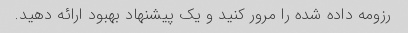
رزومه داده شده را مرور کنید و یک پیشنهاد بهبود ارائه دهید.